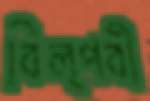
বিল্পবী